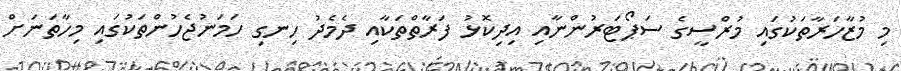
މި މުޒާހަރާތަކުގައި މުރްސީގެ ސަޕޯޓަރުންނާއި އިދިކޮޅު ފަރާތްތަކާއި ދެމެދު ހިނގި ހަމަނުޖެހުންތަކުގައި މިހާތަނަށް